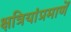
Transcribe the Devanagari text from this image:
क्षत्रियांप्रमाणें